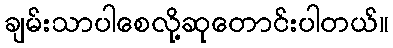
ချမ်းသာပါစေလို့ဆုတောင်းပါတယ်။